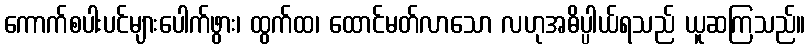
ကောက်စပါးပင်များပေါက်ဖွား၊ ထွက်ထ၊ ထောင်မတ်လာသော လဟုအဓိပ္ပါယ်ရသည် ယူဆကြသည်။